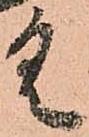
具